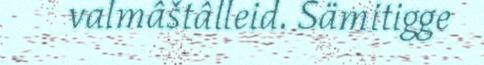
valmâštâlleid. Sämitigge